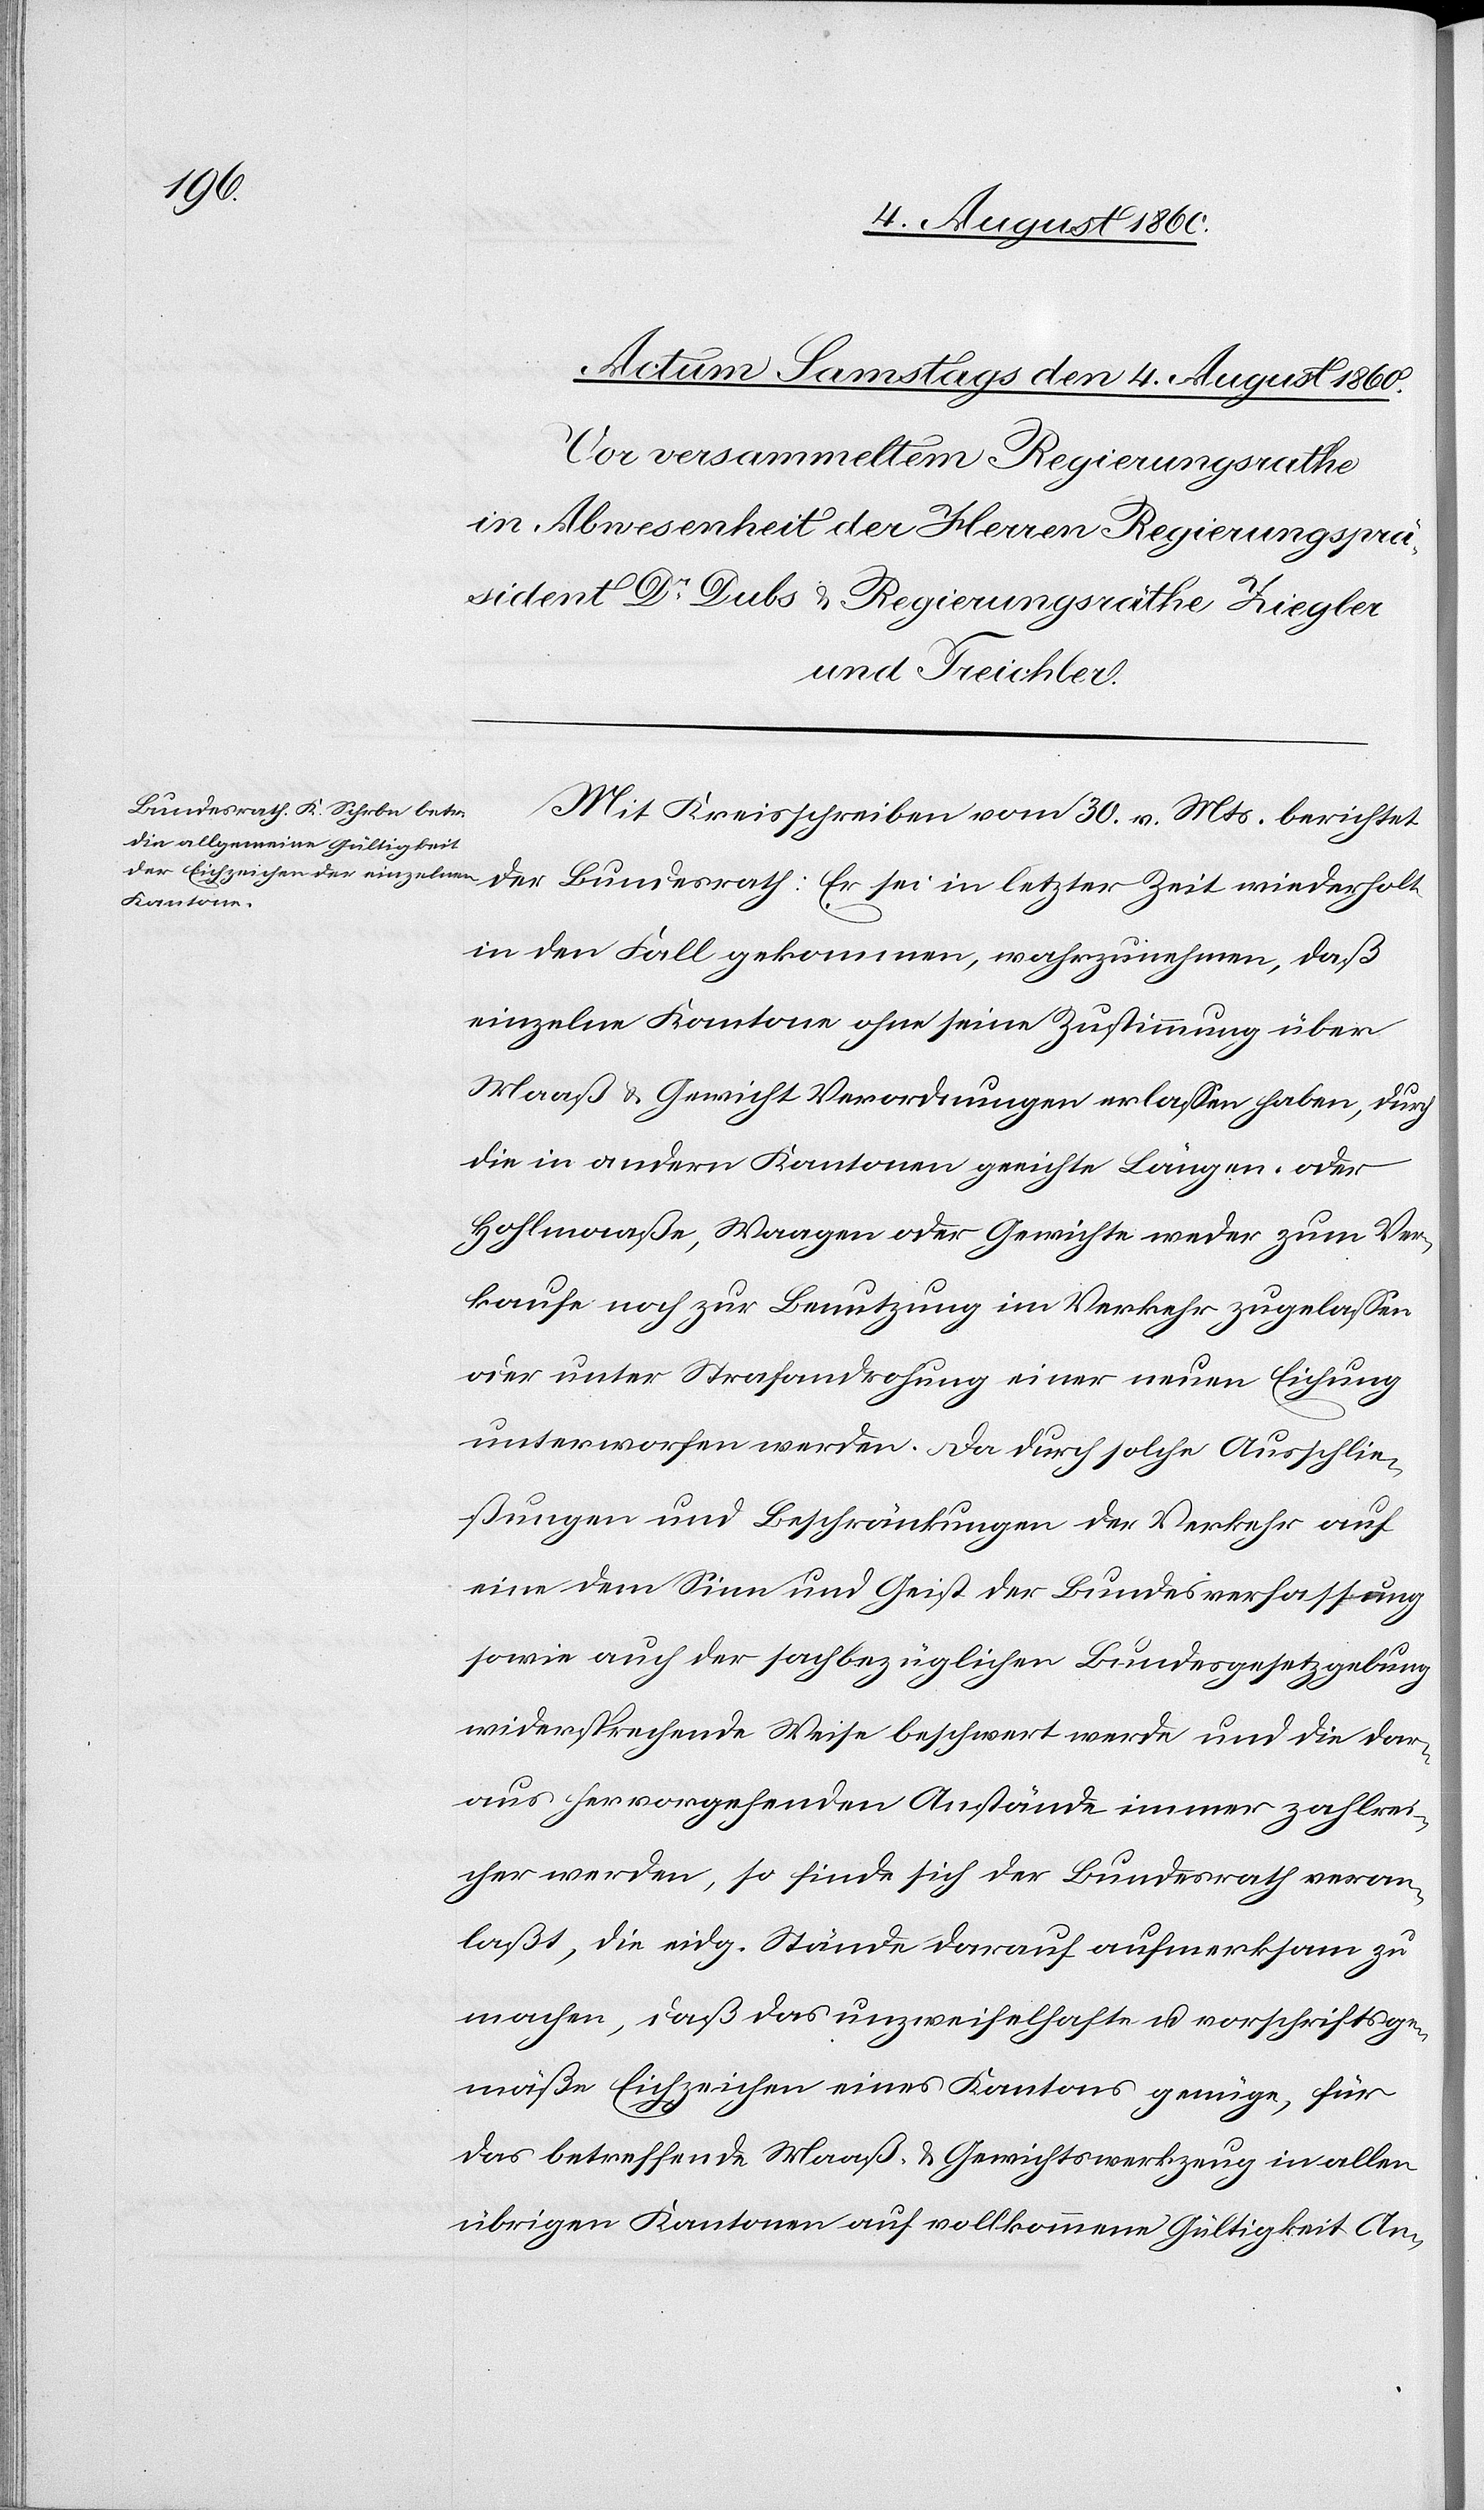
Mit Kreisschreiben vom 30. v. Mts. berichtet
solchen
in den Fall gekommen, wahrzunehmen, dass
einzelne Kantone ohne seine Zustimmung über
Maas u. Gewicht Verordnungen erlassen haben, durch
die in andern Kantonen geeichte Längen- oder
Hohlmaasse, Wagen oder Gewichte weder zum Ver¬
kaufe noch zur Benutzung im Verkehr zugelassen
oder unter Strafandrohung einer neuen Eichung
unterworfen werden. Da durch solche Ausschlie¬
ßungen und Beschränkungen der Verkehr auf
eine dem Sinne u. Geist der Bundesverfassung,
sowie auch der sachbezüglichen Bundesgesetzgebung
widersprechende Weise beschwert werde und die dar¬
aus hervorgehenden Anstände immer zahlrei¬
cher werden; so finde sich der Bundesrath veran¬
lasst, die eidg. Stände darauf aufmerksam zu
machen, dass das unzweifelhafte u. vorschriftsge¬
mässe Eichzeichen eines Kantons genüge, für
das betreffende Maas- u. Gewichtswerkzeug in allen
übrigen Kantonen auf vollkommene Gültigkeit An¬